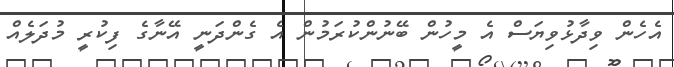
އެހެން ވިދާޅުވިޔަސް އެ މީހުން ބޭނުންކުރަމުން އެ ގެންދަނީ އޭނާގެ ފިކުރީ މުދަލެއް